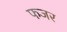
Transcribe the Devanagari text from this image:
फजर